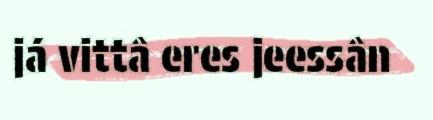
já vittâ eres jeessân